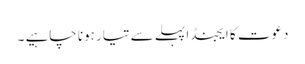
دعوت کا ایجنڈا پہلے سے تیار ہونا چاہیے ۔